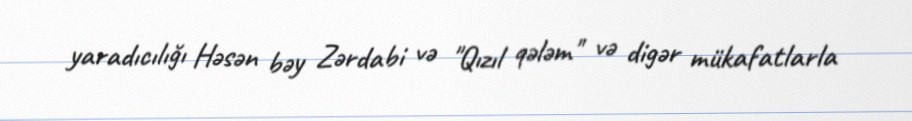
yaradıcılığı Həsən bəy Zərdabi və "Qızıl qələm" və digər mükafatlarla